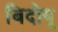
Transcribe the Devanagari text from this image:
बिदोयू